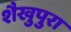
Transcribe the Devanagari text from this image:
शैखुपुरा